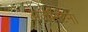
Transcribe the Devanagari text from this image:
अजेन्टिना